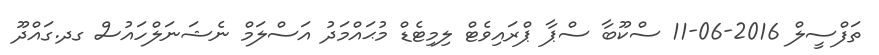
ތަފްސީލް 2016-06-11 ސްކޫބާ ސްޕާ ޕްރައިވެޓް ލިމިޓެޑް މުޙައްމަދު އަސްލަމް ނެޝަނަލްހައުސް ގދ.ގައްދޫ